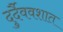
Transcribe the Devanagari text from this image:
दुर्दैववशात